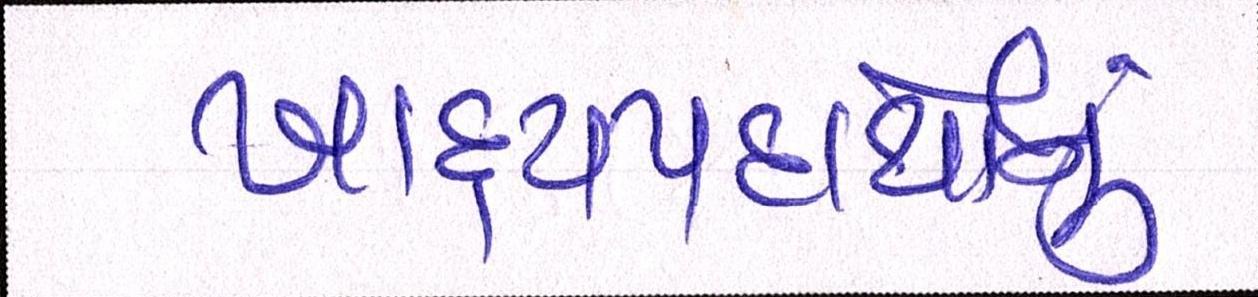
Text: ખાદ્યપદાર્થોનું